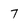
Character: 7